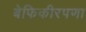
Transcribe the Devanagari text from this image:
बेफिकीरपणा